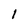
Character: l